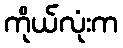
ကိုယ်လုံးက